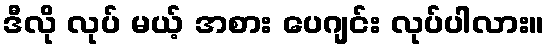
ဒီလို လုပ် မယ့် အစား ပေဂျင်း လုပ်ပါလား။